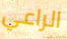
الراعي